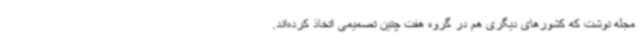
مجله نوشت که کشورهای دیگری هم در گروه هفت چنین تصمیمی اتخاذ کرده‌اند.